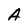
Character: A